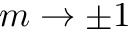
m \to \pm 1